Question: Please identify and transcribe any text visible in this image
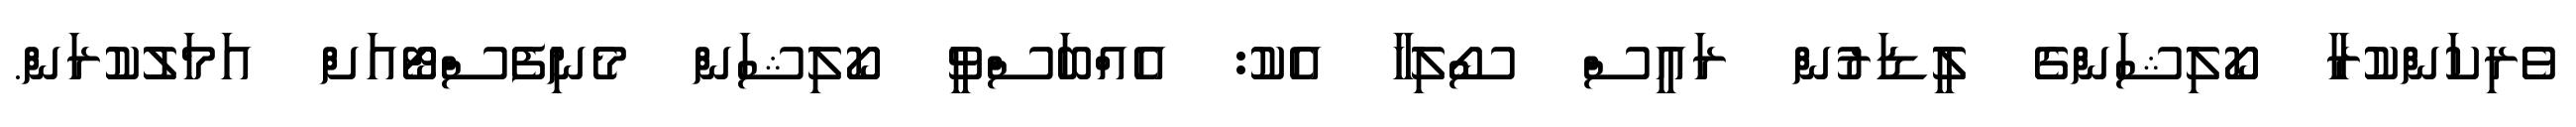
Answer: ވެރިކަންކުރާ ކޯލިޝަންގެ ލީޑަރުން ރައީސް ސޯލިހާ އެކު: އެއްބަސްވީ ކޯލިޝަން މެނިފެސްޓޯއަށް އަމަލުކުރަން.